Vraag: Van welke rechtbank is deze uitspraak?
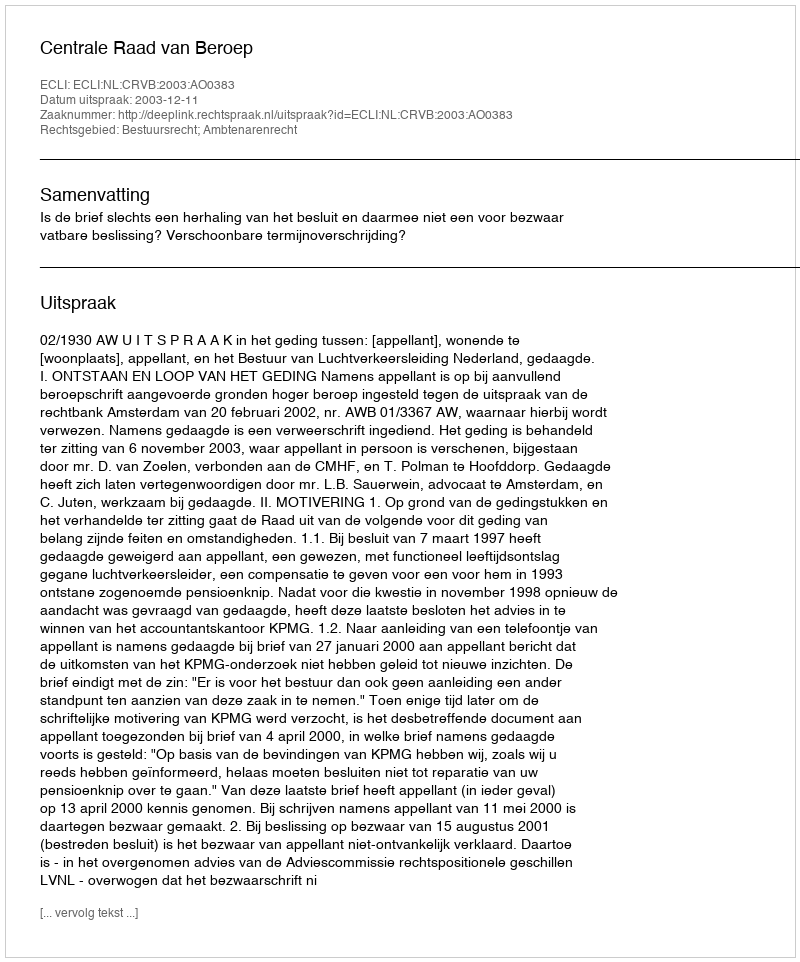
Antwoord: Centrale Raad van Beroep